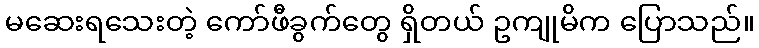
မဆေးရသေးတဲ့ ကော်ဖီခွက်တွေ ရှိတယ် ဥကျုမိက ပြောသည်။